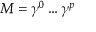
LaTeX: M = \gamma ^ { 0 } \ldots \gamma ^ { p }